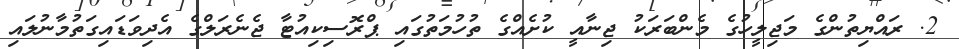
2. ރައްޔިތުންގެ މަޖިލީހުގެ މެންބަރަކު ޖިނާއީ ކުށެއްގެ ތުހުމަތުގައި ޕްރޮސިކިއުޓާ ޖެނެރަލްގެ އެދިވަޑައިގަތުމާނުލައި